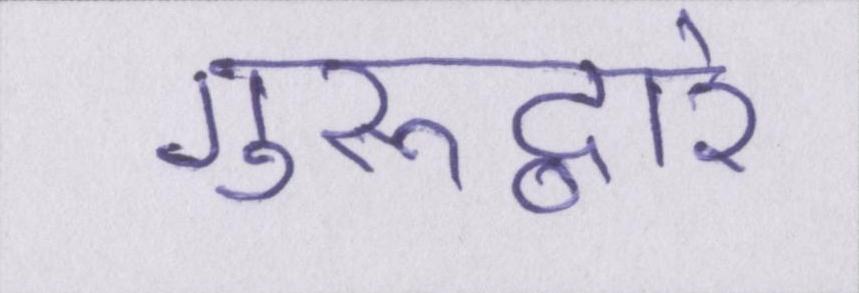
गुरूद्वारे